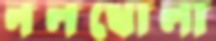
নলখোলা